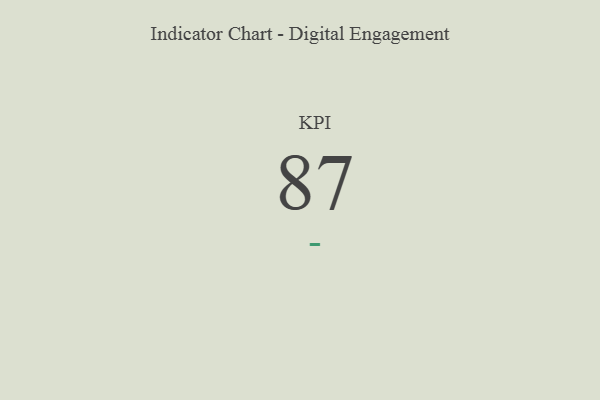
{"axis": {"x": "KPI", "y": "Value"}, "legend": [""], "data": [{"x": "KPI", "y": 87, "type": ""}]}